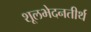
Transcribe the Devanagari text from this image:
शूलभेदनतीर्थ